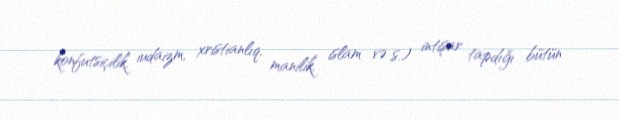
konfutsiçilik, iudaizm, xristianlıq, manilik, islam və s.) intişar tapdığı bütün